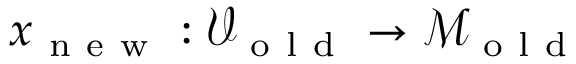
x _ { \mathrm { ~ n ~ e ~ w ~ } } : \mathcal { V } _ { \mathrm { ~ o ~ l ~ d ~ } } \to \mathcal { M } _ { \mathrm { ~ o ~ l ~ d ~ } }